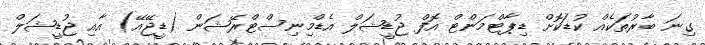
ގިނަ ބާރުތަކެއް ކުޑަކޮށް ޑިޕާޓްމަންޓް އޮފް ޖުޑީޝަލް އެޑްމިނިސްޓްރޭޝަން (ޑީޖޭއޭ) އާއި ޖުޑީޝަލް